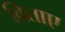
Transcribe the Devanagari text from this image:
विताए